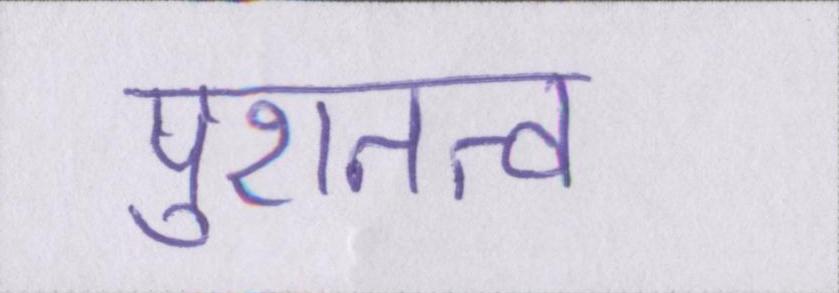
पुरातत्व